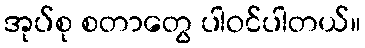
အုပ်စု စတာတွေ ပါဝင်ပါတယ်။